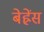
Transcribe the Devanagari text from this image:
बेह्रेंस